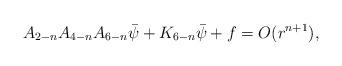
LaTeX: \begin{align*}A_{2-n}A_{4-n}A_{6-n}\bar \psi+K_{6-n}\bar \psi+f=O(r^{n+1}),\end{align*}